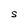
Character: S